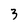
Character: 3